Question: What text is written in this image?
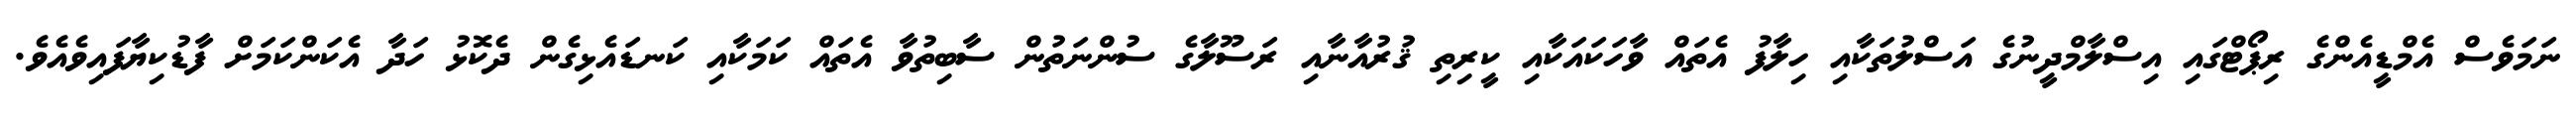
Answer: ނަމަވެސް އެމްޑީއެންގެ ރިޕޯޓްގައި އިސްލާމްދީނުގެ އަސްލުތަކާއި ހިލާފު އެތައް ވާހަކައަކާއި ކީރިތި ޤުރުއާނާއި ރަސޫލާގެ ސުންނަތުން ސާބިތުވާ އެތައް ކަމަކާއި ކަނޑައެޅިގެން ދެކޮޅު ހަދާ އެކަންކަމަށް ފާޑުކިޔާފައިވެއެވެ.